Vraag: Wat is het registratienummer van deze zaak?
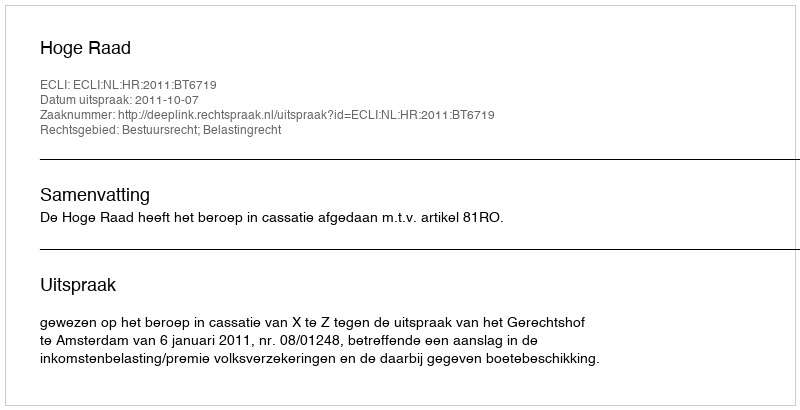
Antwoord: http://deeplink.rechtspraak.nl/uitspraak?id=ECLI:NL:HR:2011:BT6719